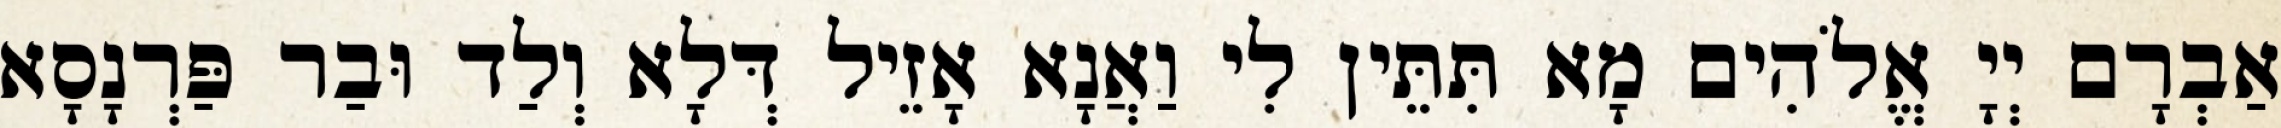
אַבְרָם יְיָ אֱלֹהִים מָא תִּתֵּין לִי וַאֲנָא אָזֵיל דְּלָא וְלַד וּבַר פַּרְנָסָא